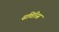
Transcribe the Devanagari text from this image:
सविरिस